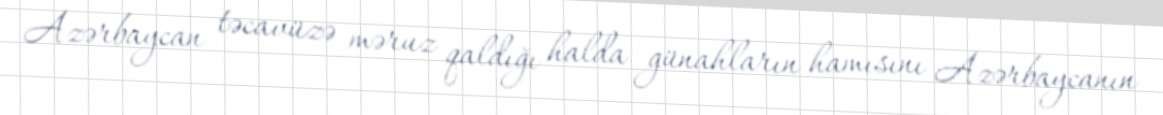
Azərbaycan təcavüzə məruz qaldığı halda günahların hamısını Azərbaycanın